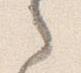
之